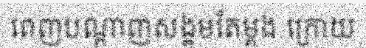
ពេញបណ្តាញសង្គមតែម្តង ក្រោយ